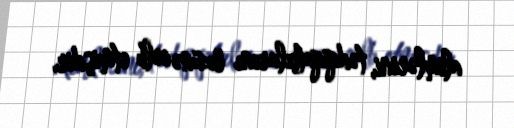
alimlərini, tədqiqatçılarını özünə cəlb etmişdir.